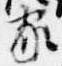
家